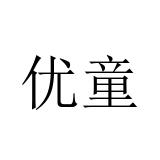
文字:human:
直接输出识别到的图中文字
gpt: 优童